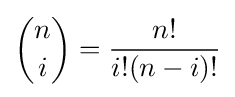
{n \choose i}={\frac {n!}{i!(n-i)!}}